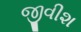
જીવીશ